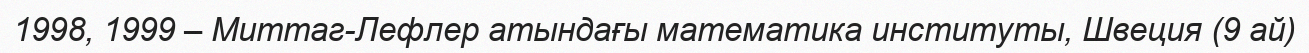
1998, 1999 – Миттаг-Лефлер атындағы математика институты, Швеция (9 ай)